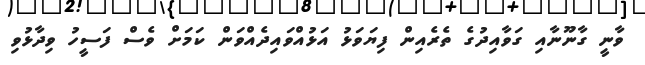
ވާނީ ގާނޫނާއި ގަވާއިދުގެ ތެރެއިން ފިޔަވަޅު އަޅުއްވައިދެއްވަން ކަމަށް ވެސް ފަސީހު ވިދާޅުވި